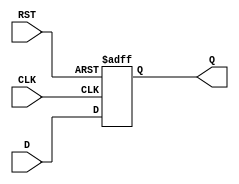
module stage_register #(
    parameter WIDTH = 8  // Parameter to specify the width of the register
) (
    input wire [WIDTH-1:0] D,    // Data input
    input wire CLK,                // Clock input
    input wire RST,                // Reset input
    output reg [WIDTH-1:0] Q       // Data output
);

    // Sequential logic for the stage register
    always @(posedge CLK or posedge RST) begin
        if (RST) begin
            Q <= {WIDTH{1'b0}};      // Clear the register on reset
        end else begin
            Q <= D;                  // Capture data on clock edge
        end
    end

endmodule